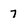
Character: 7